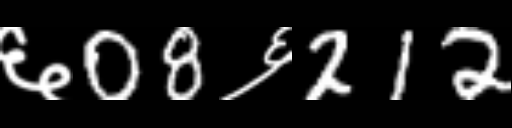
Text: ६08६212